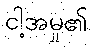
ငါ့အမှု၏